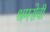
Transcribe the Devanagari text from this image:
श्रमसेवी